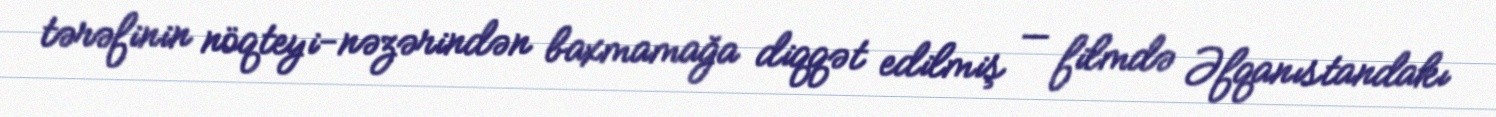
tərəfinin nöqteyi-nəzərindən baxmamağa diqqət edilmiş — filmdə Əfqanıstandakı